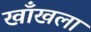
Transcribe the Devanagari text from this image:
खाँखला